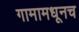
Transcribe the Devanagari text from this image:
गामामधूनच